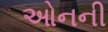
ઓનની